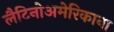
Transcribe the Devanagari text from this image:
लैटिनोअमेरिकाना